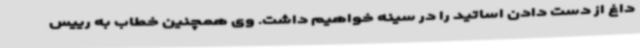
داغ از دست دادن اساتید را در سینه خواهیم داشت. وی همچنین خطاب به رییس